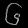
Digit: ၆